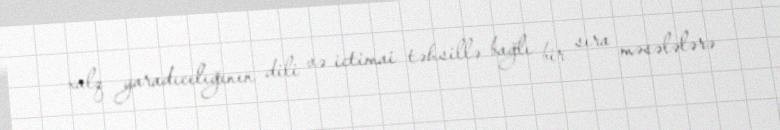
xalq yaradıcılığının dili və ictimai təhsillə bağlı bir sıra məsələlərə